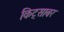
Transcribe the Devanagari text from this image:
किट्साबर